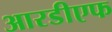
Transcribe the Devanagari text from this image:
आरडीएफ